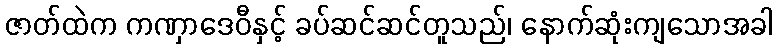
ဇာတ်ထဲက ကဏှာဒေဝီနှင့် ခပ်ဆင်ဆင်တူသည်၊ နောက်ဆုံးကျသောအခါ